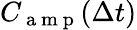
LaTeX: C_{\mathrm{~a~m~p~}}(\Delta t)